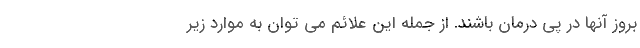
بروز آنها در پی درمان باشند. از جمله این علائم می توان به موارد زیر